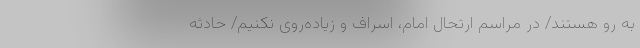
به رو هستند/ در مراسم ارتحال امام، اسراف و زیاده‌روی نکنیم/ حادثه